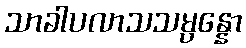
သာခါပလာသသမ္ပန္နော